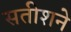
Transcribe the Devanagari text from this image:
सतीशने